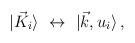
LaTeX: \begin{align*}\vert {\vec K}_i \rangle \,\,\leftrightarrow \,\,\vert \vec k , u_i \rangle\,,\end{align*}